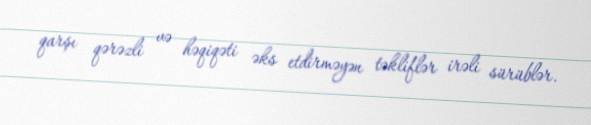
qarşı qərəzli və həqiqəti əks etdirməyən təkliflər irəli sürüblər.